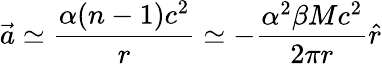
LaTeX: \vec{a}\simeq\frac{\alpha(n-1)c^{2}}{r}\simeq-\frac{\alpha^{2}\beta Mc^{2}}{2\pi r}\hat{r}